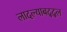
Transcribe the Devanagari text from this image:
लादल्याबद्द्ल